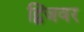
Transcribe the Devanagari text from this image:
द्विजवर